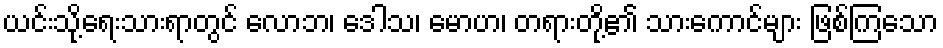
ယင်းသို့ရေးသားရာတွင် လောဘ၊ ဒေါသ၊ မောဟ၊ တရားတို့၏ သားကောင်များ ဖြစ်ကြသော